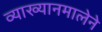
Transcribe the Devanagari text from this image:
व्याख्यानमालेने